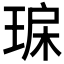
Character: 𤥾